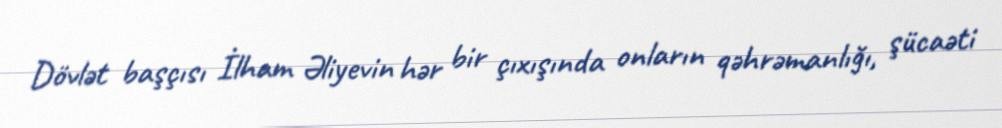
Dövlət başçısı İlham Əliyevin hər bir çıxışında onların qəhrəmanlığı, şücaəti